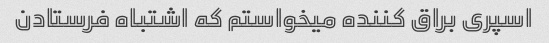
اسپری براق کننده میخواستم که اشتباه فرستادن